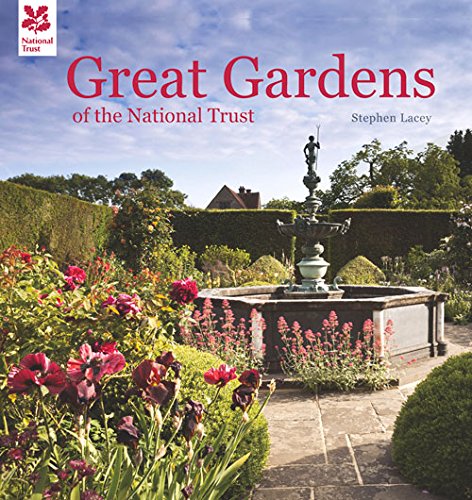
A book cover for Great Gardens of the National Trust; Stephen Lacey; Crafts, Hobbies & Home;